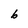
Character: 6